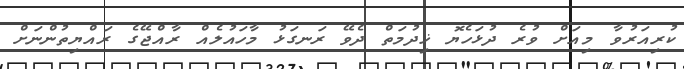
ކުރިއަރުވާ މިއަށް ވުރެ ދުޅަހެޔޮ ޚިދުމަތް ދެވޭ ރަނގަޅު މާހައުލެއް ރާއްޖޭގެ ރައްޔިތުންނަށް